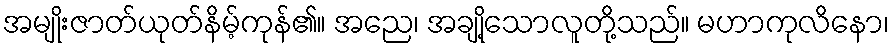
အမျိုးဇာတ်ယုတ်နိမ့်ကုန်၏။ အညေ၊ အချို့သောလူတို့သည်။ မဟာကုလိနော၊